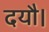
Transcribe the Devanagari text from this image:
दयौ।